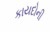
કાયદોની